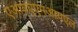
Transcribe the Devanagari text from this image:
एआयएएमआयएल